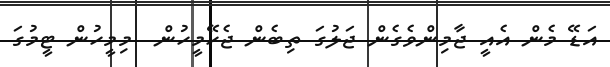
އަޑޭ މެން އެއީ ޖާމިންވެގެން ޖަލުގަ ތިބެން ޖެހޭމީހުން  މިމީހުން ޓީމުގަ